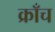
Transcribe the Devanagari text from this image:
क्राँच